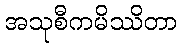
အသုစီကမိဿိတာ